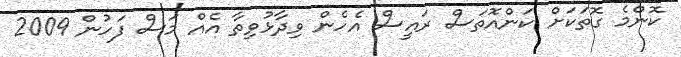
ކޮންމެ ގޮތަކަށް ކަންއޮތަސް ރައީސް އެހެން ވިދާޅުވިތާ އެއް މަސް ފަހުން 2009